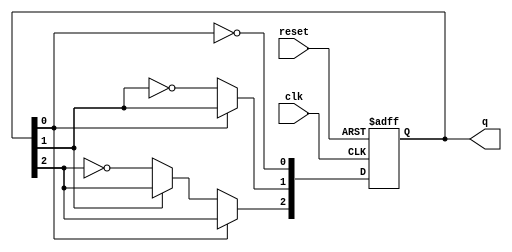
module async_counter (
    input wire clk,         // Clock input
    input wire reset,       // Asynchronous reset input
    output reg [2:0] q      // 3-bit counter output
);

// Asynchronous reset and counting logic
always @(posedge clk or posedge reset) begin
    if (reset) begin
        q <= 3'b000;        // Reset counter to 0
    end else begin
        // Ripple counting logic
        q[0] <= ~q[0];      // Toggle LSB
        if (q[0] == 1'b0) begin // If q[0] transitioned from 1 to 0
            q[1] <= ~q[1];  // Toggle the next flip-flop
            if (q[1] == 1'b0) begin // If q[1] transitioned from 1 to 0
                q[2] <= ~q[2];  // Toggle the MSB
            end
        end
    end
end

endmodule